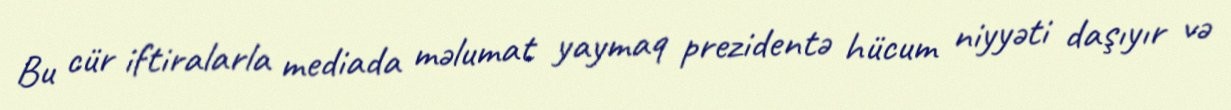
Bu cür iftiralarla mediada məlumat yaymaq prezidentə hücum niyyəti daşıyır və